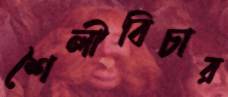
শৈলীবিচার